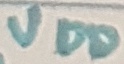
Text: VDD